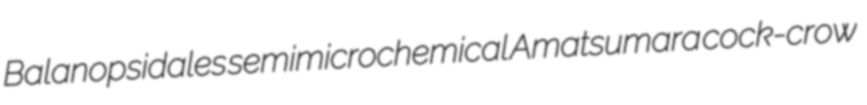
Balanopsidales semimicrochemical Amatsumara cock-crow